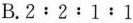
B.2:2:1:1